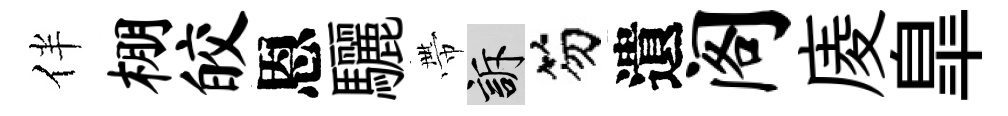
伴棚皎恩驪帶訴笏遺阁庱臯